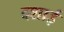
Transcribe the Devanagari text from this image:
दशाई